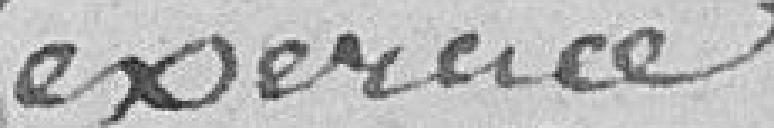
exercice.